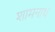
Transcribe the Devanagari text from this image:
शामनाथ